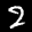
Label: 2